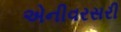
એનીવરસરી